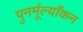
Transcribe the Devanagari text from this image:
पुनर्मूल्याँकन